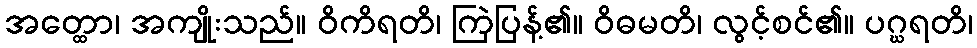
အတ္ထော၊ အကျိုးသည်။ ဝိကိရတိ၊ ကြဲပြန့်၏။ ဝိဓမတိ၊ လွင့်စင်၏။ ပဂ္ဃရတိ၊